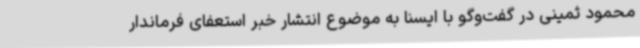
محمود ثمینی در گفت‌وگو با ایسنا به موضوع انتشار خبر استعفای فرماندار